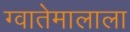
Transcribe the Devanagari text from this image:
ग्वातेमालाला